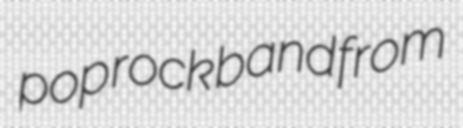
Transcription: pop rock band from